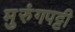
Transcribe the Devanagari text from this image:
मुरुंगपट्टी